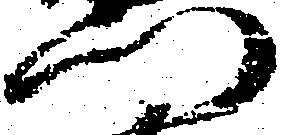
門